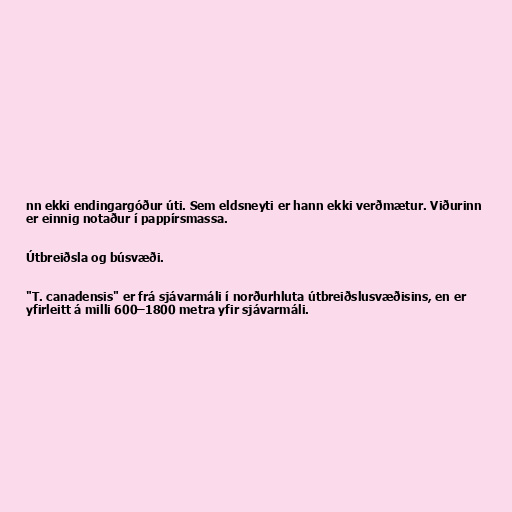
nn ekki endingargóður úti. Sem eldsneyti er hann ekki verðmætur. Viðurinn
er einnig notaður í pappírsmassa.

Útbreiðsla og búsvæði.

"T. canadensis" er frá sjávarmáli í norðurhluta útbreiðslusvæðisins, en er
yfirleitt á milli 600–1800 metra yfir sjávarmáli.